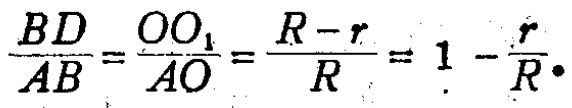
\(\frac{BD}{AB}=\frac{OO_{1}}{AO}=\frac{R - r}{R}=1-\frac{r}{R}\)